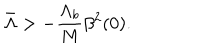
\bar { \Lambda } > - \frac { \Lambda _ { b } } { M } \beta ^ { 2 } ( 0 ) .